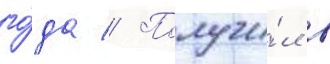
го́да // Получи́л в